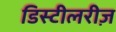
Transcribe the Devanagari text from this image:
डिस्टीलरीज़